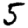
Digit: 5